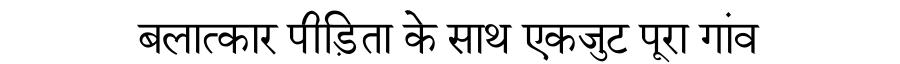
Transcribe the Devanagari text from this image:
बलात्कार पीड़िता के साथ एकजुट पूरा गांव